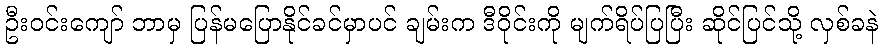
ဦးဝင်းကျော် ဘာမှ ပြန်မပြောနိုင်ခင်မှာပင် ချမ်းက ဒီဝိုင်းကို မျက်ရိပ်ပြပြီး ဆိုင်ပြင်သို့ လှစ်ခနဲ